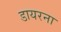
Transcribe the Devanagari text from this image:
डायरना